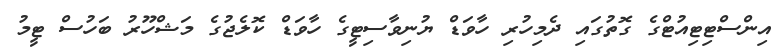
އިންސްޓިޓިއުޓްގެ ގޮތުގައި ދެމިހުރި ހާވަޑް ޔުނިވާސިޓީގެ ހާވަޑް ކޮލެޖުގެ މަޝްހޫރު ބަހުސް ޓީމު